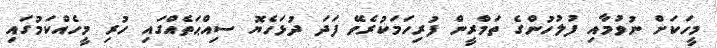
މީހަކަށް ނުވުމާއި ފުލުހުންގެ ތަމްރީން ފުރިހަމަކުރެވޭ ފަދަ ދުޅަހެޔޮ ސިއްޙަތެއްގައި ހުރި މީހެއްކަމުގައި